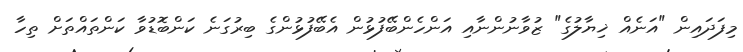
މިފަދައިން "އަނެއް ޚިޔާލުގެ" ޒުވާނުންނާއި އަންހެންބޭފުޅުން އެބޭފުޅުންގެ ބިރުގަނެ ކަންބޮޑުވާ ކަންތައްތަށް ތިހާ